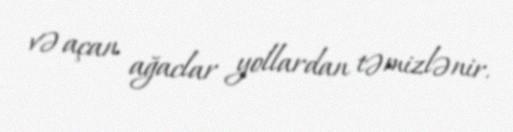
və açan ağaclar yollardan təmizlənir.